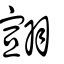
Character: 翧